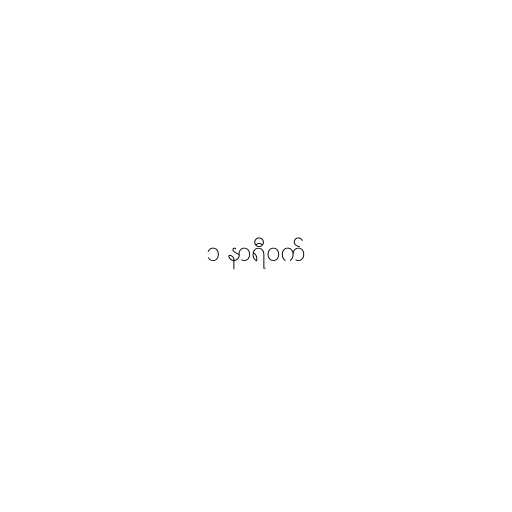
၁ နာရီဝက်